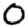
Digit: 0